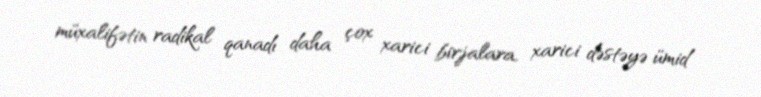
müxalifətin radikal qanadı daha çox xarici birjalara, xarici dəstəyə ümid